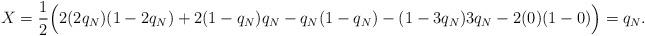
LaTeX: \begin{align*}X =\frac{1}{2}\Big( 2(2q_N)(1-2q_N) + 2(1-q_N)q_N- q_N(1 -q_N) - (1-3q_N)3q_N- 2(0)(1-0) \Big)=q_N.\end{align*}